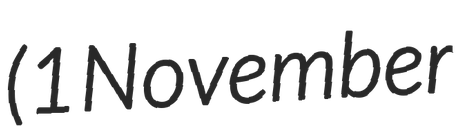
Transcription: (1 November